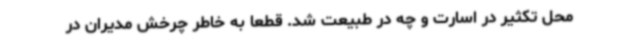
محل تکثیر در اسارت و چه در طبیعت شد. قطعاً به خاطر چرخش مدیران در